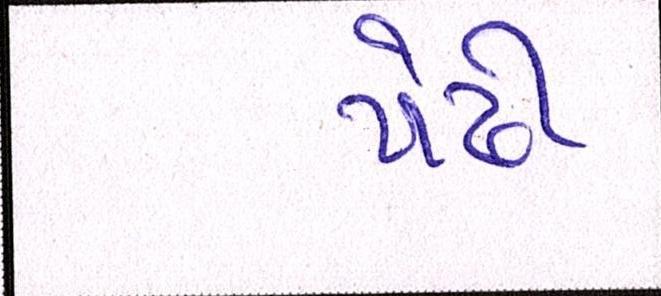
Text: પેઢી